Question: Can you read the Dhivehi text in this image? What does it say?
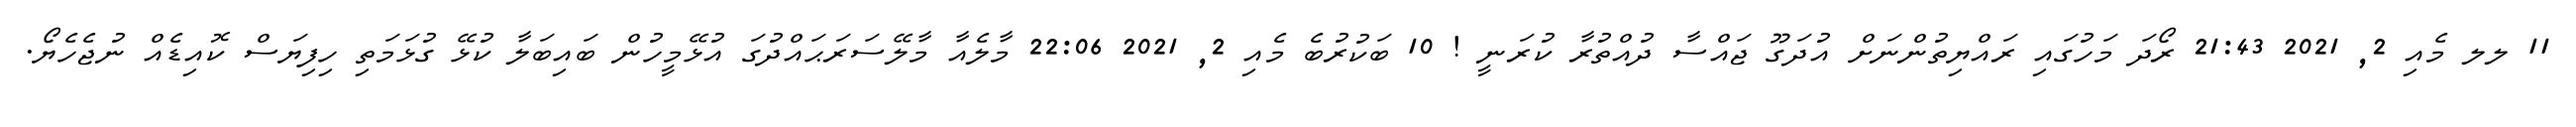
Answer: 11 ލލ މެއި 2, 2021 21:43 ރޯދަ މަހުގައި ރައްޔިތުންނަށް އުދަގޫ ޖައްސާ ދުއްތުރާ ކުރަނީ ! 10 ބަކުރުބެ މެއި 2, 2021 22:06 މާލެއާ މާލޭސަރަޙައްދުގަ އުޅޭމީހުން ބައިބަލާ ކުޅޭ ގުޅަމަތި ހިފިޔަސް ކޮއިޑެއް ނުޖެހެޔޯ.